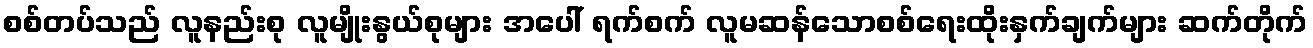
စစ်တပ်သည် လူနည်းစု လူမျိုးနွယ်စုများ အပေါ် ရက်စက် လူမဆန်သောစစ်ရေးထိုးနှက်ချက်များ ဆက်တိုက်